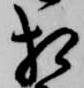
相